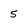
Character: 5